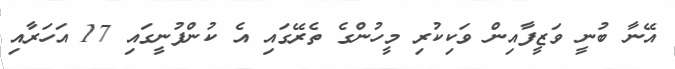
އޭނާ ބުނީ ވަޒީފާއިން ވަކިކުރި މީހުންގެ ތެރޭގައި އެ ކުންފުނީގައި 17 އަހަރާއި